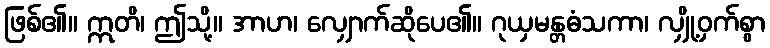
ဖြစ်၏။ ဣတိ၊ ဤသို့။ အာဟ၊ လျှောက်ဆိုပေ၏။ ဂုယှမန္တဓံသကာ၊ လျှို့ဝှက်စွာ